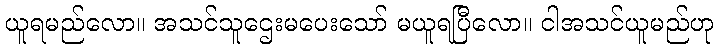
ယူရမည်လော။ အသင်သူဌေးမပေးသော် မယူရပြီလော။ ငါအသင်ယူမည်ဟု